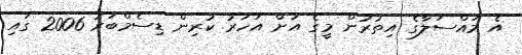
އެ މައްސަލާގެ އިތުރުން މީގެ އަށް އަހަރު ކުރިން ޑިސެމްބަރު 2006 ގައި